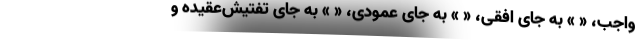
واجب، « » به جای افقی، « » به جای عمودی، « » به جای تفتیش‌عقیده و